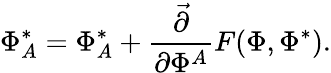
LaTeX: \Phi_{A}^{*}=\Phi_{A}^{*}+\frac{\stackrel{\rightarrow}{\partial}}{\partial\Phi^{A}}F(\Phi,\Phi^{*}).